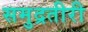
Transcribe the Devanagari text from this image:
समुद्रतीरी